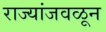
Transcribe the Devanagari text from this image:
राज्यांजवळून